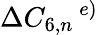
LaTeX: \Delta C_{6,n}\, ^{e)}